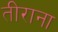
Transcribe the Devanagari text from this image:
तीराना